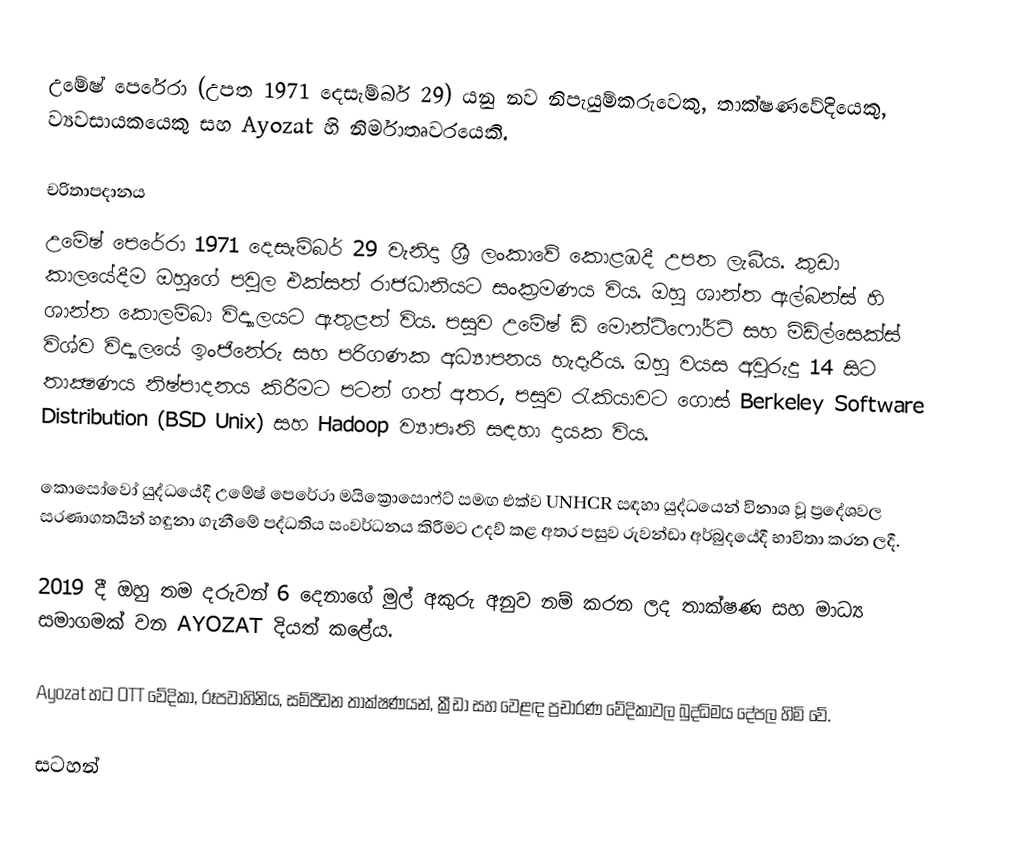
උමේෂ් පෙරේරා (උපත 1971 දෙසැම්බර් 29) යනු නව නිපැයුම්කරුවෙකු, තාක්ෂණවේදියෙකු, ව්‍යවසායකයෙකු සහ Ayozat හි නිර්මාතෘවරයෙකි.

චරිතාපදානය
උමේෂ් පෙරේරා 1971 දෙසැම්බර් 29 වැනිදා ශ්‍රී ලංකාවේ කොළඹදී උපත ලැබීය. කුඩා කාලයේදීම ඔහුගේ පවුල එක්සත් රාජධානියට සංක්‍රමණය විය. ඔහු ශාන්ත ඇල්බන්ස් හි ශාන්ත කොලම්බා විද්‍යාලයට ඇතුළත් විය. පසුව උමේෂ් ඩි මොන්ට්ෆෝර්ට් සහ මිඩ්ල්සෙක්ස් විශ්ව විද්‍යාලයේ ඉංජිනේරු සහ පරිගණක අධ්‍යාපනය හැදෑරීය. ඔහු වයස අවුරුදු 14 සිට තාක්‍ෂණය නිෂ්පාදනය කිරීමට පටන් ගත් අතර, පසුව රැකියාවට ගොස් Berkeley Software Distribution (BSD Unix) සහ Hadoop ව්‍යාපෘති සඳහා දායක විය.

කොසෝවෝ යුද්ධයේදී උමේෂ් පෙරේරා මයික්‍රොසොෆ්ට් සමඟ එක්ව UNHCR සඳහා යුද්ධයෙන් විනාශ වූ ප්‍රදේශවල සරණාගතයින් හඳුනා ගැනීමේ පද්ධතිය සංවර්ධනය කිරීමට උදව් කළ අතර පසුව රුවන්ඩා අර්බුදයේදී භාවිතා කරන ලදී.

2019 දී ඔහු තම දරුවන් 6 දෙනාගේ මුල් අකුරු අනුව නම් කරන ලද තාක්ෂණ සහ මාධ්‍ය සමාගමක් වන AYOZAT දියත් කළේය.

Ayozat හට OTT වේදිකා, රූපවාහිනිය, සම්පීඩන තාක්ෂණයන්, ක්‍රීඩා සහ වෙළඳ ප්‍රචාරණ වේදිකාවල බුද්ධිමය දේපල හිමි වේ.

සටහන්